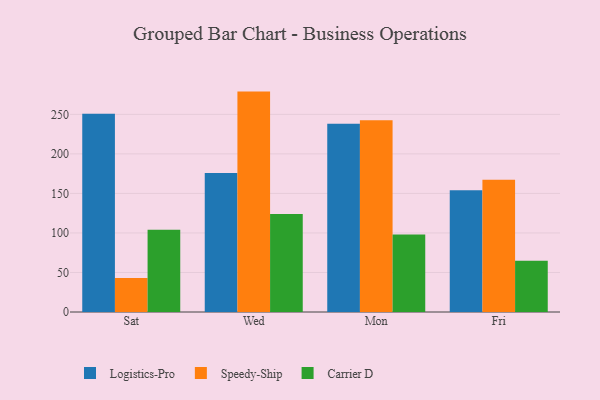
{"axis": {"x": "Day", "y": "Active Users"}, "legend": ["Carrier D", "Logistics-Pro", "Speedy-Ship"], "data": [{"x": "Sat", "y": 250.9, "type": "Logistics-Pro"}, {"x": "Sat", "y": 42.9, "type": "Speedy-Ship"}, {"x": "Sat", "y": 104.0, "type": "Carrier D"}, {"x": "Wed", "y": 175.9, "type": "Logistics-Pro"}, {"x": "Wed", "y": 278.8, "type": "Speedy-Ship"}, {"x": "Wed", "y": 124.1, "type": "Carrier D"}, {"x": "Mon", "y": 238.0, "type": "Logistics-Pro"}, {"x": "Mon", "y": 242.5, "type": "Speedy-Ship"}, {"x": "Mon", "y": 98.1, "type": "Carrier D"}, {"x": "Fri", "y": 154.1, "type": "Logistics-Pro"}, {"x": "Fri", "y": 167.2, "type": "Speedy-Ship"}, {"x": "Fri", "y": 64.8, "type": "Carrier D"}]}